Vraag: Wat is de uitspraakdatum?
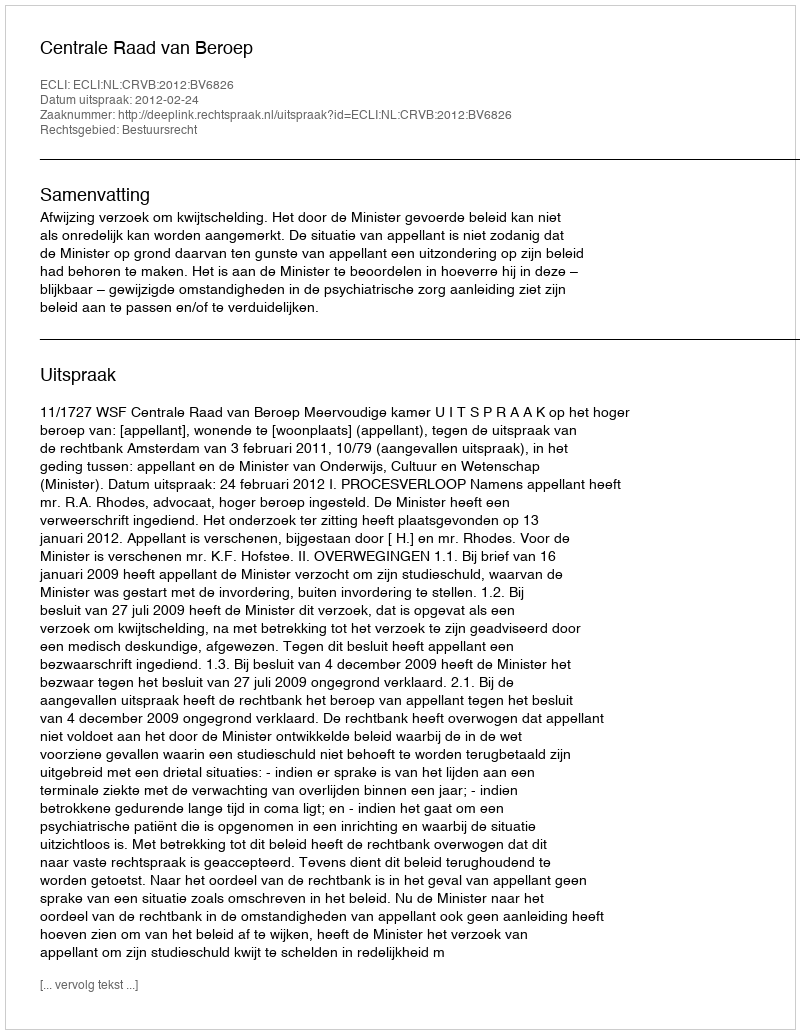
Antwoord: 2012-02-24